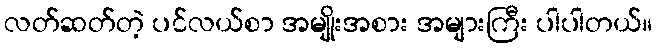
လတ်ဆတ်တဲ့ ပင်လယ်စာ အမျိုးအစား အများကြီး ပါပါတယ်။